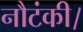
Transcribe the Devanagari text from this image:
नौटंकी।